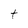
Character: t